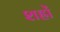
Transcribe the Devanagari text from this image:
शह्रों